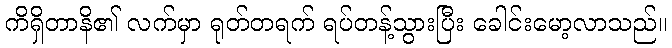
ကိရှိတာနိ၏ လက်မှာ ရုတ်တရက် ရပ်တန့်သွားပြီး ခေါင်းမော့လာသည်။